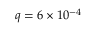
q = 6 \times 1 0 ^ { - 4 }